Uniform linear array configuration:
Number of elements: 8
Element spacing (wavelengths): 0.5
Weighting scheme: uniform
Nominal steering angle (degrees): -60
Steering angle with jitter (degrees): -59.507
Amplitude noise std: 0.05
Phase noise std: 0.05

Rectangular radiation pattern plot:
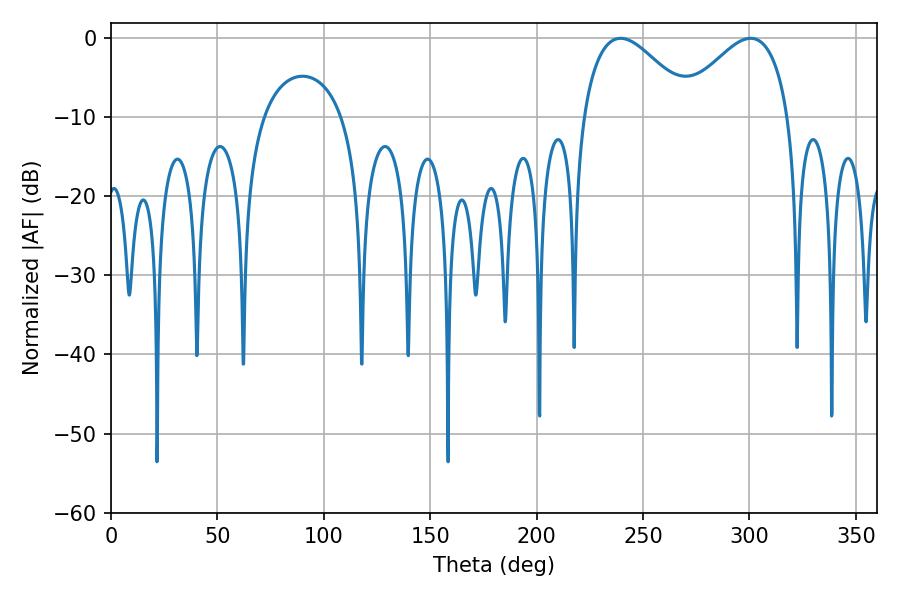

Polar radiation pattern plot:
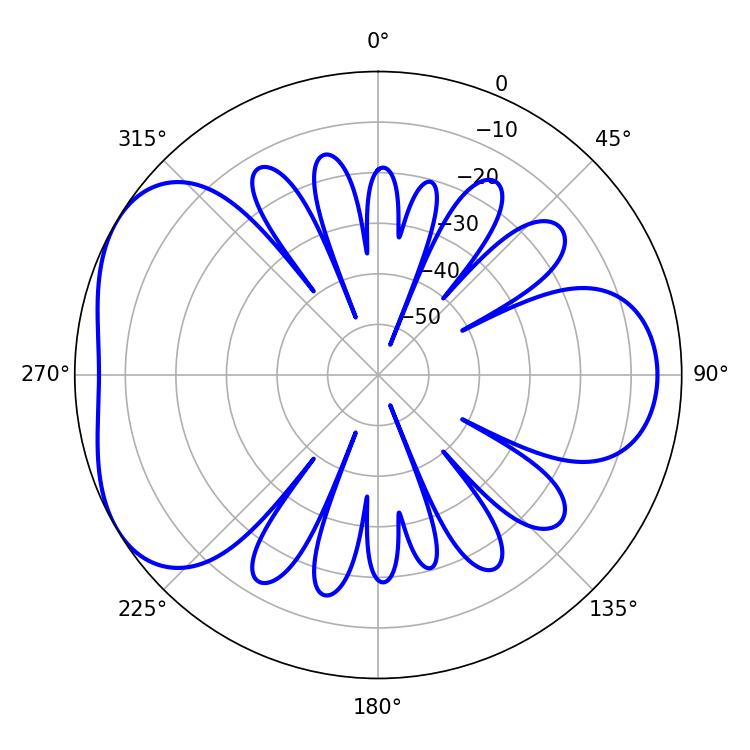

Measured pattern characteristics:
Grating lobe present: FALSE
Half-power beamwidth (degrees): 28.08
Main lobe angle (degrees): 239.4